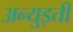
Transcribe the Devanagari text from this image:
अन्युइती